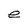
Character: e